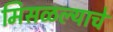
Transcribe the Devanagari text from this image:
मिसळल्याचे